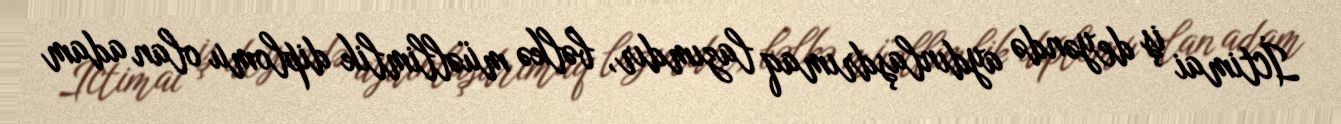
İctimai iş deyəndə aydınlaşdrımaq lazımdır, bəlkə müəllimlik diplomu olan adam